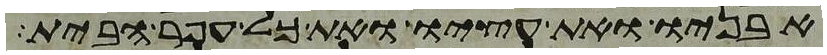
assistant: אבניו ואת עציו ואת כל עפר הבית